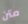
متن